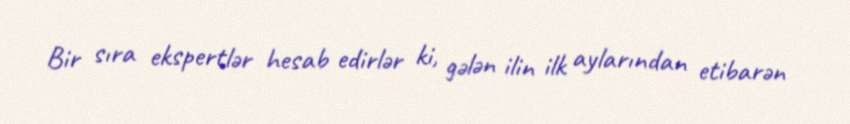
Bir sıra ekspertlər hesab edirlər ki, gələn ilin ilk aylarından etibarən